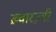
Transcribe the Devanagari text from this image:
ख़्वारज़्मी